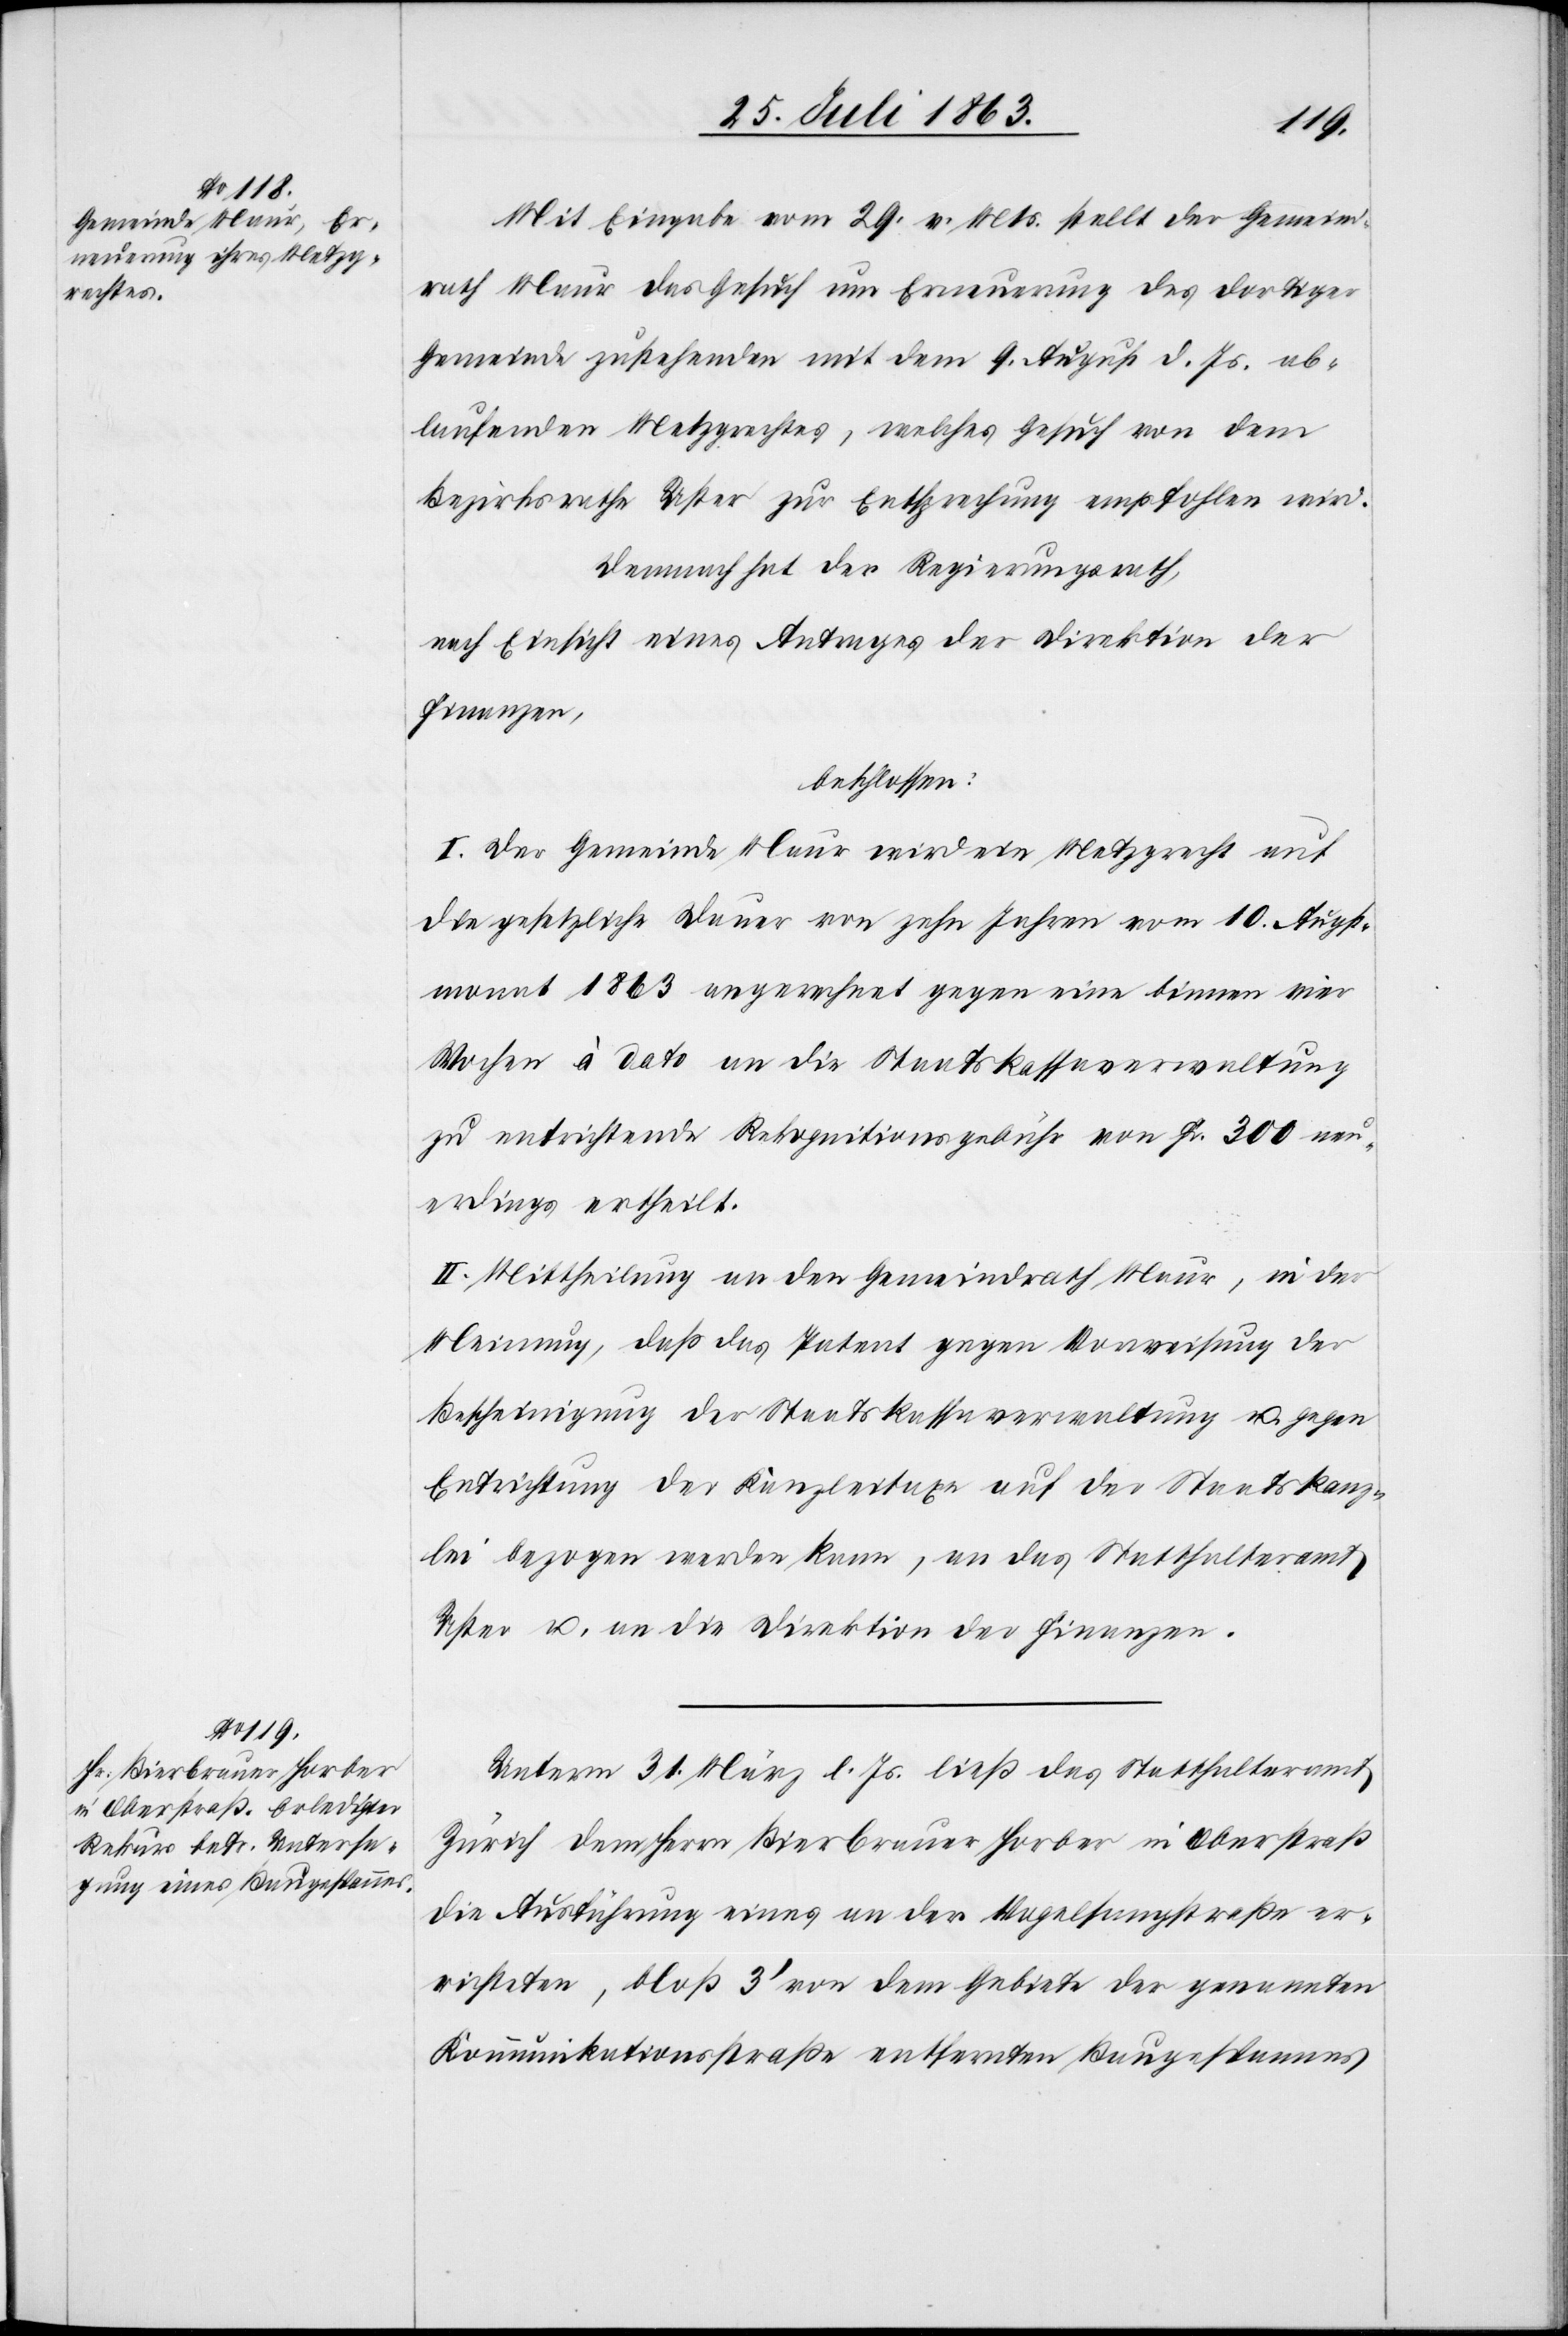
Mit Eingabe vom 29. v. Mts. stellt der Gemeind¬
rath Mauer das Gesuch um Erneuerung des dortiger
Gemeinde zustehenden mit dem 9. August d. Js. ab¬
laufenden Metzgrechtes, welches Gesuch von dem
Bezirksrathe Uster zur Entsprechung empfohlen wird.
Demnach hat der Regierungsrath,
nach Einsicht eines Antrages der Direktion der
Finanzen,
beschlossen:
I. Der Gemeinde Maur wird ein Metzgrecht auf
die gesetzliche Dauer von zehn Jahren vom 10. Augst¬
monat 1863 angerechnet gegen eine binnen vier
Wochen à dato an die Staatskassaverwaltung
zu entrichtende Rekognitionsgebühr von Fr. 300 neu¬
erdings ertheilt.
II. Mittheilung an den Gemeindrath Maur, in der
Meinung, daß das Patent gegen Vorweisung der
Bescheinigung der Staatskassaverwaltung u. gegen
Entrichtung der Kanzleitaxe auf der Staatskanz¬
lei bezogen werden kann, an das Statthalteramt
Uster u. an die Direktion der Finanzen.
Unterm 31. März l. Js. ließ das Statthalteramt
Zürich dem Herrn Bierbrauer Horber in Oberstraß
die Ausführung eines an der Vogelsangstraße er¬
richteten, bloß 3' von dem Gebiete der genannten
Kommunikationsstraße entfernten Baugespannes